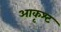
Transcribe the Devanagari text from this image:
आकृश्ट